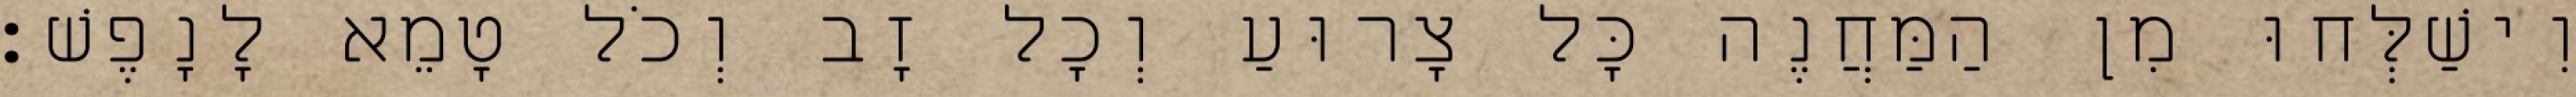
וִישַׁלְּחוּ מִן הַמַּחֲנֶה כָּל צָרוּעַ וְכָל זָב וְכֹל טָמֵא לָנָפֶשׁ׃